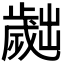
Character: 𣦧